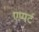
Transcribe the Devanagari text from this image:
एप्पर्ट